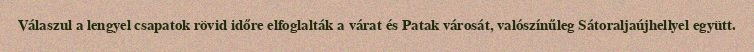
Válaszul a lengyel csapatok rövid időre elfoglalták a várat és Patak városát, valószínűleg Sátoraljaújhellyel együtt.